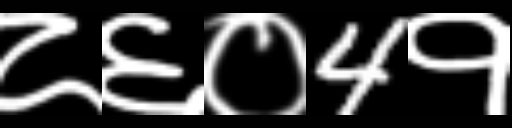
Text: ८६०4१